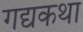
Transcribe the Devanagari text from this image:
गद्यकथा